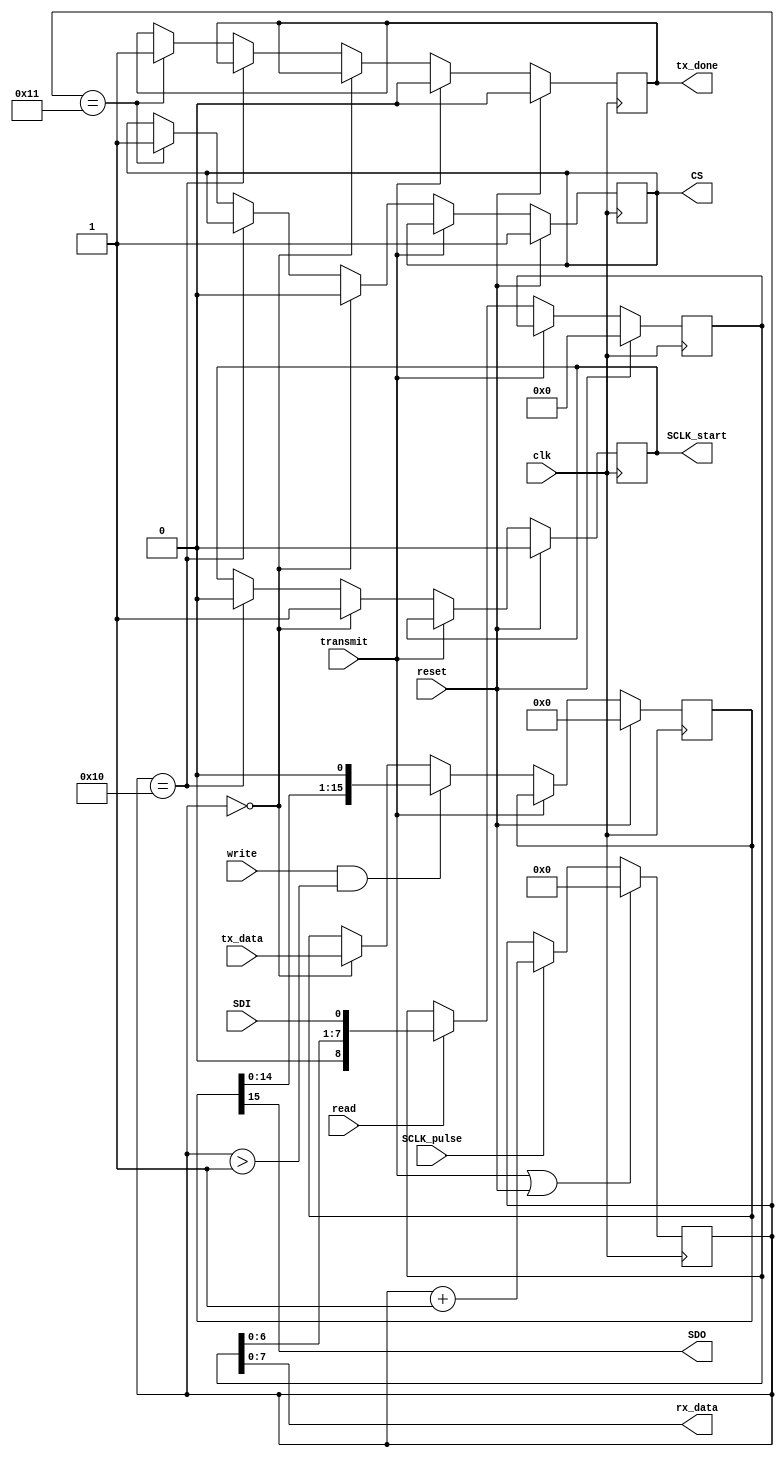
`timescale 1ns / 1ps

module SPI_interface(clk, reset, SCLK_pulse, tx_data, transmit, SDI, read, write,
								  tx_done, rx_data, SDO, CS, SCLK_start);
	
	input clk;
	input reset;
	input SCLK_pulse;
	input [15:0]tx_data;
	input transmit;
	input SDI;
	input read;
	input write;
	output reg tx_done;
	output [7:0]rx_data;
	output SDO;
	output reg CS;
	output reg SCLK_start;
	
	reg [4:0]counter;
	reg [8:0]rx_buffer; initial rx_buffer = 9'd0;
	reg [15:0]tx_buffer; initial tx_buffer = 18'd0;
	
	always @ (posedge clk) begin
		if(reset) begin
			CS <= 1'b1;
			SCLK_start <= 1'b0;
			rx_buffer <= 9'd0;
			tx_buffer <= 18'd0;
			tx_done <= 1'b0;
		end
		else begin
			if(!transmit) begin
				// Maybe be able to do this combinationally in the top module.
				// Sets the initial signals
				if(counter == 5'b00000) begin
					CS <= 1'b0;
					SCLK_start <= 1'b1;
					tx_buffer <= tx_data;
				end
				else if(counter == 5'b10000) begin
					SCLK_start <= 1'b0;
				end
				else if(counter == 5'b10001) begin
					CS <= 1'b1;
					tx_done <= 1'b1;
				end
				// If writing, set the data out.
				if(write && counter > 5'b00001) begin
					tx_buffer <= {tx_buffer[14:0],1'b0};
				end
				// If reading, read the data and update tx_buffer.
				if(read) begin
					rx_buffer <= {rx_buffer[6:0],SDI};
				end
			end // End if(transmit)
			else if(tx_done) begin
				tx_done <= 1'b0;
			end
		end // End else
	end // End always
	
	always @ (posedge clk) begin
		if(transmit || reset)
			counter <= 5'b00000;
		else if(SCLK_pulse)
			counter <= counter + 5'b00001;
	end

	assign rx_data = rx_buffer[7:0];
	assign SDO = tx_buffer[15];

endmodule